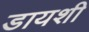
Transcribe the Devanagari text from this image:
डायशी